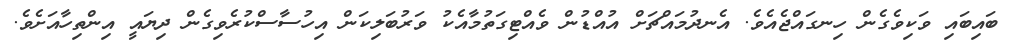
ބައިބައި ވަކިވެގެން ހިނގައްޖެއެވެ. އެނދުމައްޗަށް އުއްޑުން ވެއްޓިގަތުމާއެކު ވަރުބަލިކަން އިހުސާސްކުރެވިގެން ދިޔައީ އިންތިހާއަށެވެ.